Report on vaccination in the Province of Bengal - 1869-1873
Year: 1869
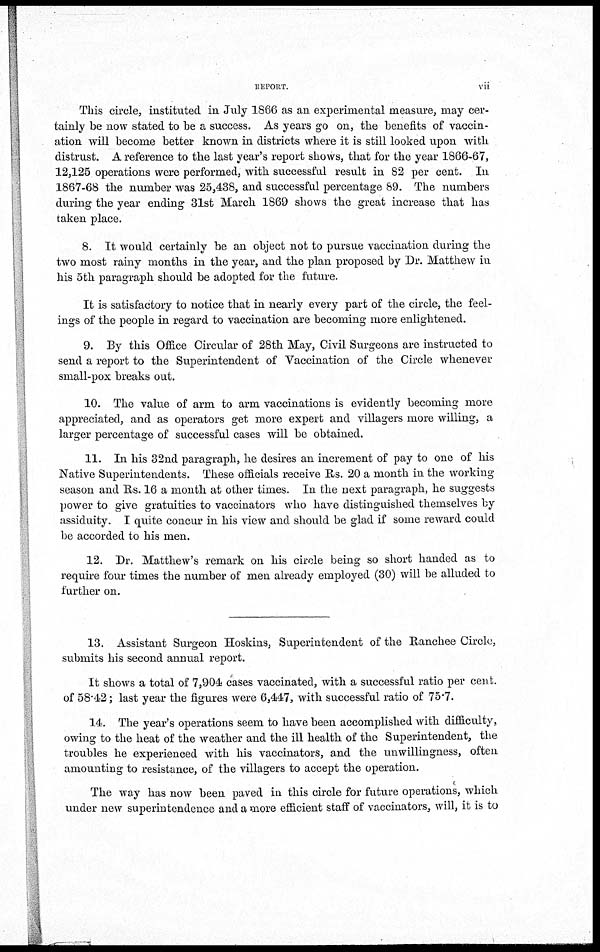
REPORT.
vii
This circle, instituted in July 1866 as an experimental measure, may cer-
tainly be now stated to be a success. As years go on, the benefits of vaccin-
ation will become better known in districts where it is still looked upon with
distrust. A reference to the last year's report shows, that for the year 1866-67,
12,125 operations were performed, with successful result in 82 per cent. In
1867-68 the number was 25,438, and successful percentage 89. The numbers
during the year ending 31st March 1869 shows the great increase that has
taken place.
8. It would certainly be an object not to pursue vaccination during the
two most rainy months in the year, and the plan proposed by Dr. Matthew in
his 5th paragraph should be adopted for the future.
It is satisfactory to notice that in nearly every part of the circle, the feel-
ings of the people in regard to vaccination are becoming more enlightened.
9. By this Office Circular of 28th May, Civil Surgeons are instructed to
send a report to the Superintendent of Vaccination of the Circle whenever
small-pox breaks out.
10. The value of arm to arm vaccinations is evidently becoming more
appreciated, and as operators get more expert and villagers more willing, a
larger percentage of successful cases will be obtained.
11. In his 32nd paragraph, he desires an increment of pay to one of his
Native Superintendents. These officials receive Rs. 20 a month in the working
season and Rs. 16 a month at other times. In the next paragraph, he suggests
power to give gratuities to vaccinators who have distinguished themselves by
assiduity. I quite concur in his view and should be glad if some reward could
be accorded to his men.
12. Dr. Matthew's remark on his circle being so short handed as to
require four times the number of men already employed (30) will be alluded to
further on.
13. Assistant Surgeon Hoskins, Superintendent of the Ranchee Circle,
submits his second annual report.
It shows a total of 7,904 cases vaccinated, with a successful ratio per cent.
of 58.42; last year the figures were 6,447, with successful ratio of 75.7.
14. The year's operations seem to have been accomplished with difficulty,
owing to the heat of the weather and the ill health of the Superintendent, the
troubles he experienced with his vaccinators, and the unwillingness, often
amounting to resistance, of the villagers to accept the operation.
The way has now been paved in this circle for future operations, which
under new superintendence and a more efficient staff of vaccinators, will, it is to